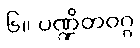
၆။ ပဏ္ဍိတဝဂ္ဂ